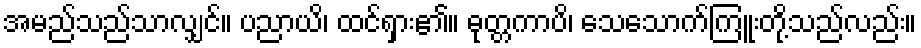
အမည်သည်သာလျှင်။ ပညာယိ၊ ထင်ရှား၏။ ဓုတ္တကာပိ၊ သေသောက်ကြူးတို့သည်လည်း။